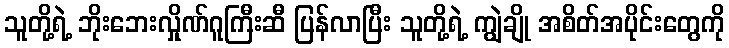
သူတို့ရဲ့ ဘိုးဘေးလှိုဏ်ဂူကြီးဆီ ပြန်လာပြီး သူတို့ရဲ့ ကျွဲချို အစိတ်အပိုင်းတွေကို